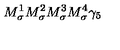
M _ { \sigma } ^ { 1 } M _ { \sigma } ^ { 2 } M _ { \sigma } ^ { 3 } M _ { \sigma } ^ { 4 } \gamma _ { 5 }